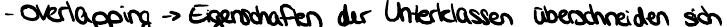
- overlapping -> Eigenschaften der Unterklassen überschneiden sich